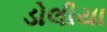
ડોલીયા